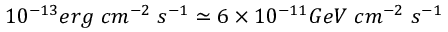
1 0 ^ { - 1 3 } e r g \; c m ^ { - 2 } \; s ^ { - 1 } \simeq 6 \times 1 0 ^ { - 1 1 } G e V \; c m ^ { - 2 } \; s ^ { - 1 }